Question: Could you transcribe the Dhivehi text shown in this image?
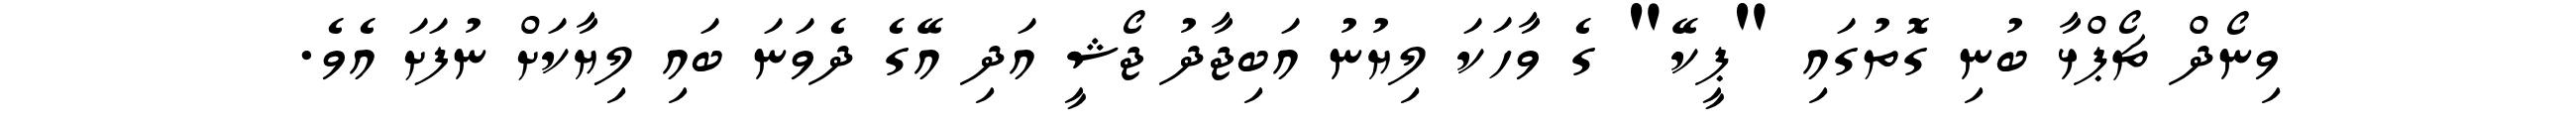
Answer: ވިނޯދް ޗޯޕްޅާ ބުނި ގޮތުގައި "ޕީކޭ" ގެ ވާހަކަ ލިޔުނު އަބިޖާދު ޖޯޝީ އަދި އޭގެ ދެވަނަ ބައި ލިޔާކަށް ނުފަށަ އެވެ.